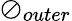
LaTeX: \oslash_{outer}